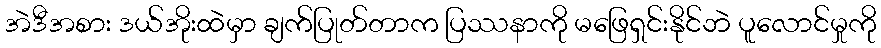
အဲဒီအစား ဒယ်အိုးထဲမှာ ချက်ပြုတ်တာက ပြဿနာကို မဖြေရှင်းနိုင်ဘဲ ပူလောင်မှုကို